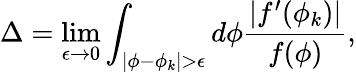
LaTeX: \Delta=\operatorname*{lim}_{\epsilon\rightarrow 0}\int_{|\phi-\phi_{k}|>\epsilon}d\phi\frac{|f^{\prime}(\phi_{k})|}{f(\phi)},